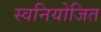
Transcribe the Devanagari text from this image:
स्वनियोजित